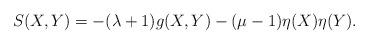
LaTeX: \begin{align*}S(X,Y)=-(\lambda+1)g(X,Y)-(\mu-1)\eta(X)\eta(Y).\end{align*}